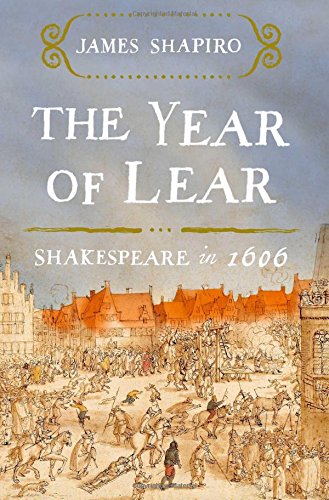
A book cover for The Year of Lear: Shakespeare in 1606; James Shapiro; Literature & Fiction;